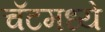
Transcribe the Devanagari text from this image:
चॅटमध्ये